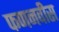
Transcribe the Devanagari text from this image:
फणनवीस